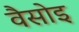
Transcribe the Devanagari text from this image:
वैसोइ